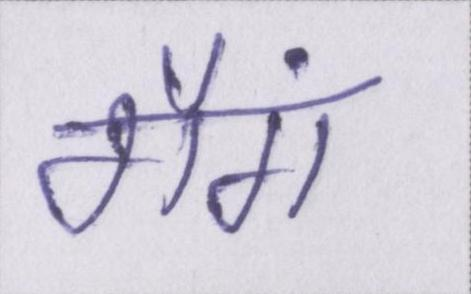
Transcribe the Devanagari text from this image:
गैंग